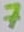
Text: 7